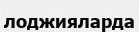
лоджияларда